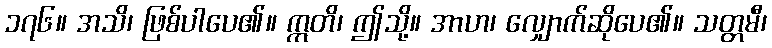
၁၇၆။ အသိ၊ ဖြစ်ပါပေ၏။ ဣတိ၊ ဤသို့။ အာဟ၊ လျှောက်ဆိုပေ၏။ သတ္တမီ၊